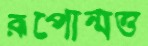
রূপোন্মত্ত